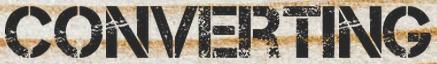
CONVERTING